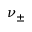
\nu _ { \pm }